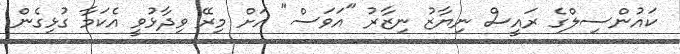
ކައުންސިލްގެ ރައީސް ނިޔާޒު ނިޒާރު "އަވަސް" އަށް މިރޭ ވިދާޅުވީ އެކަމާ ގުޅިގެން